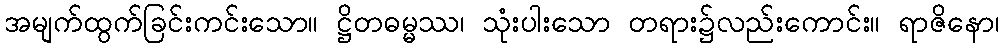
အမျက်ထွက်ခြင်းကင်းသော။ ဋ္ဌိတဓမ္မဿ၊ သုံးပါးသော တရား၌လည်းကောင်း။ ရာဇိနော၊